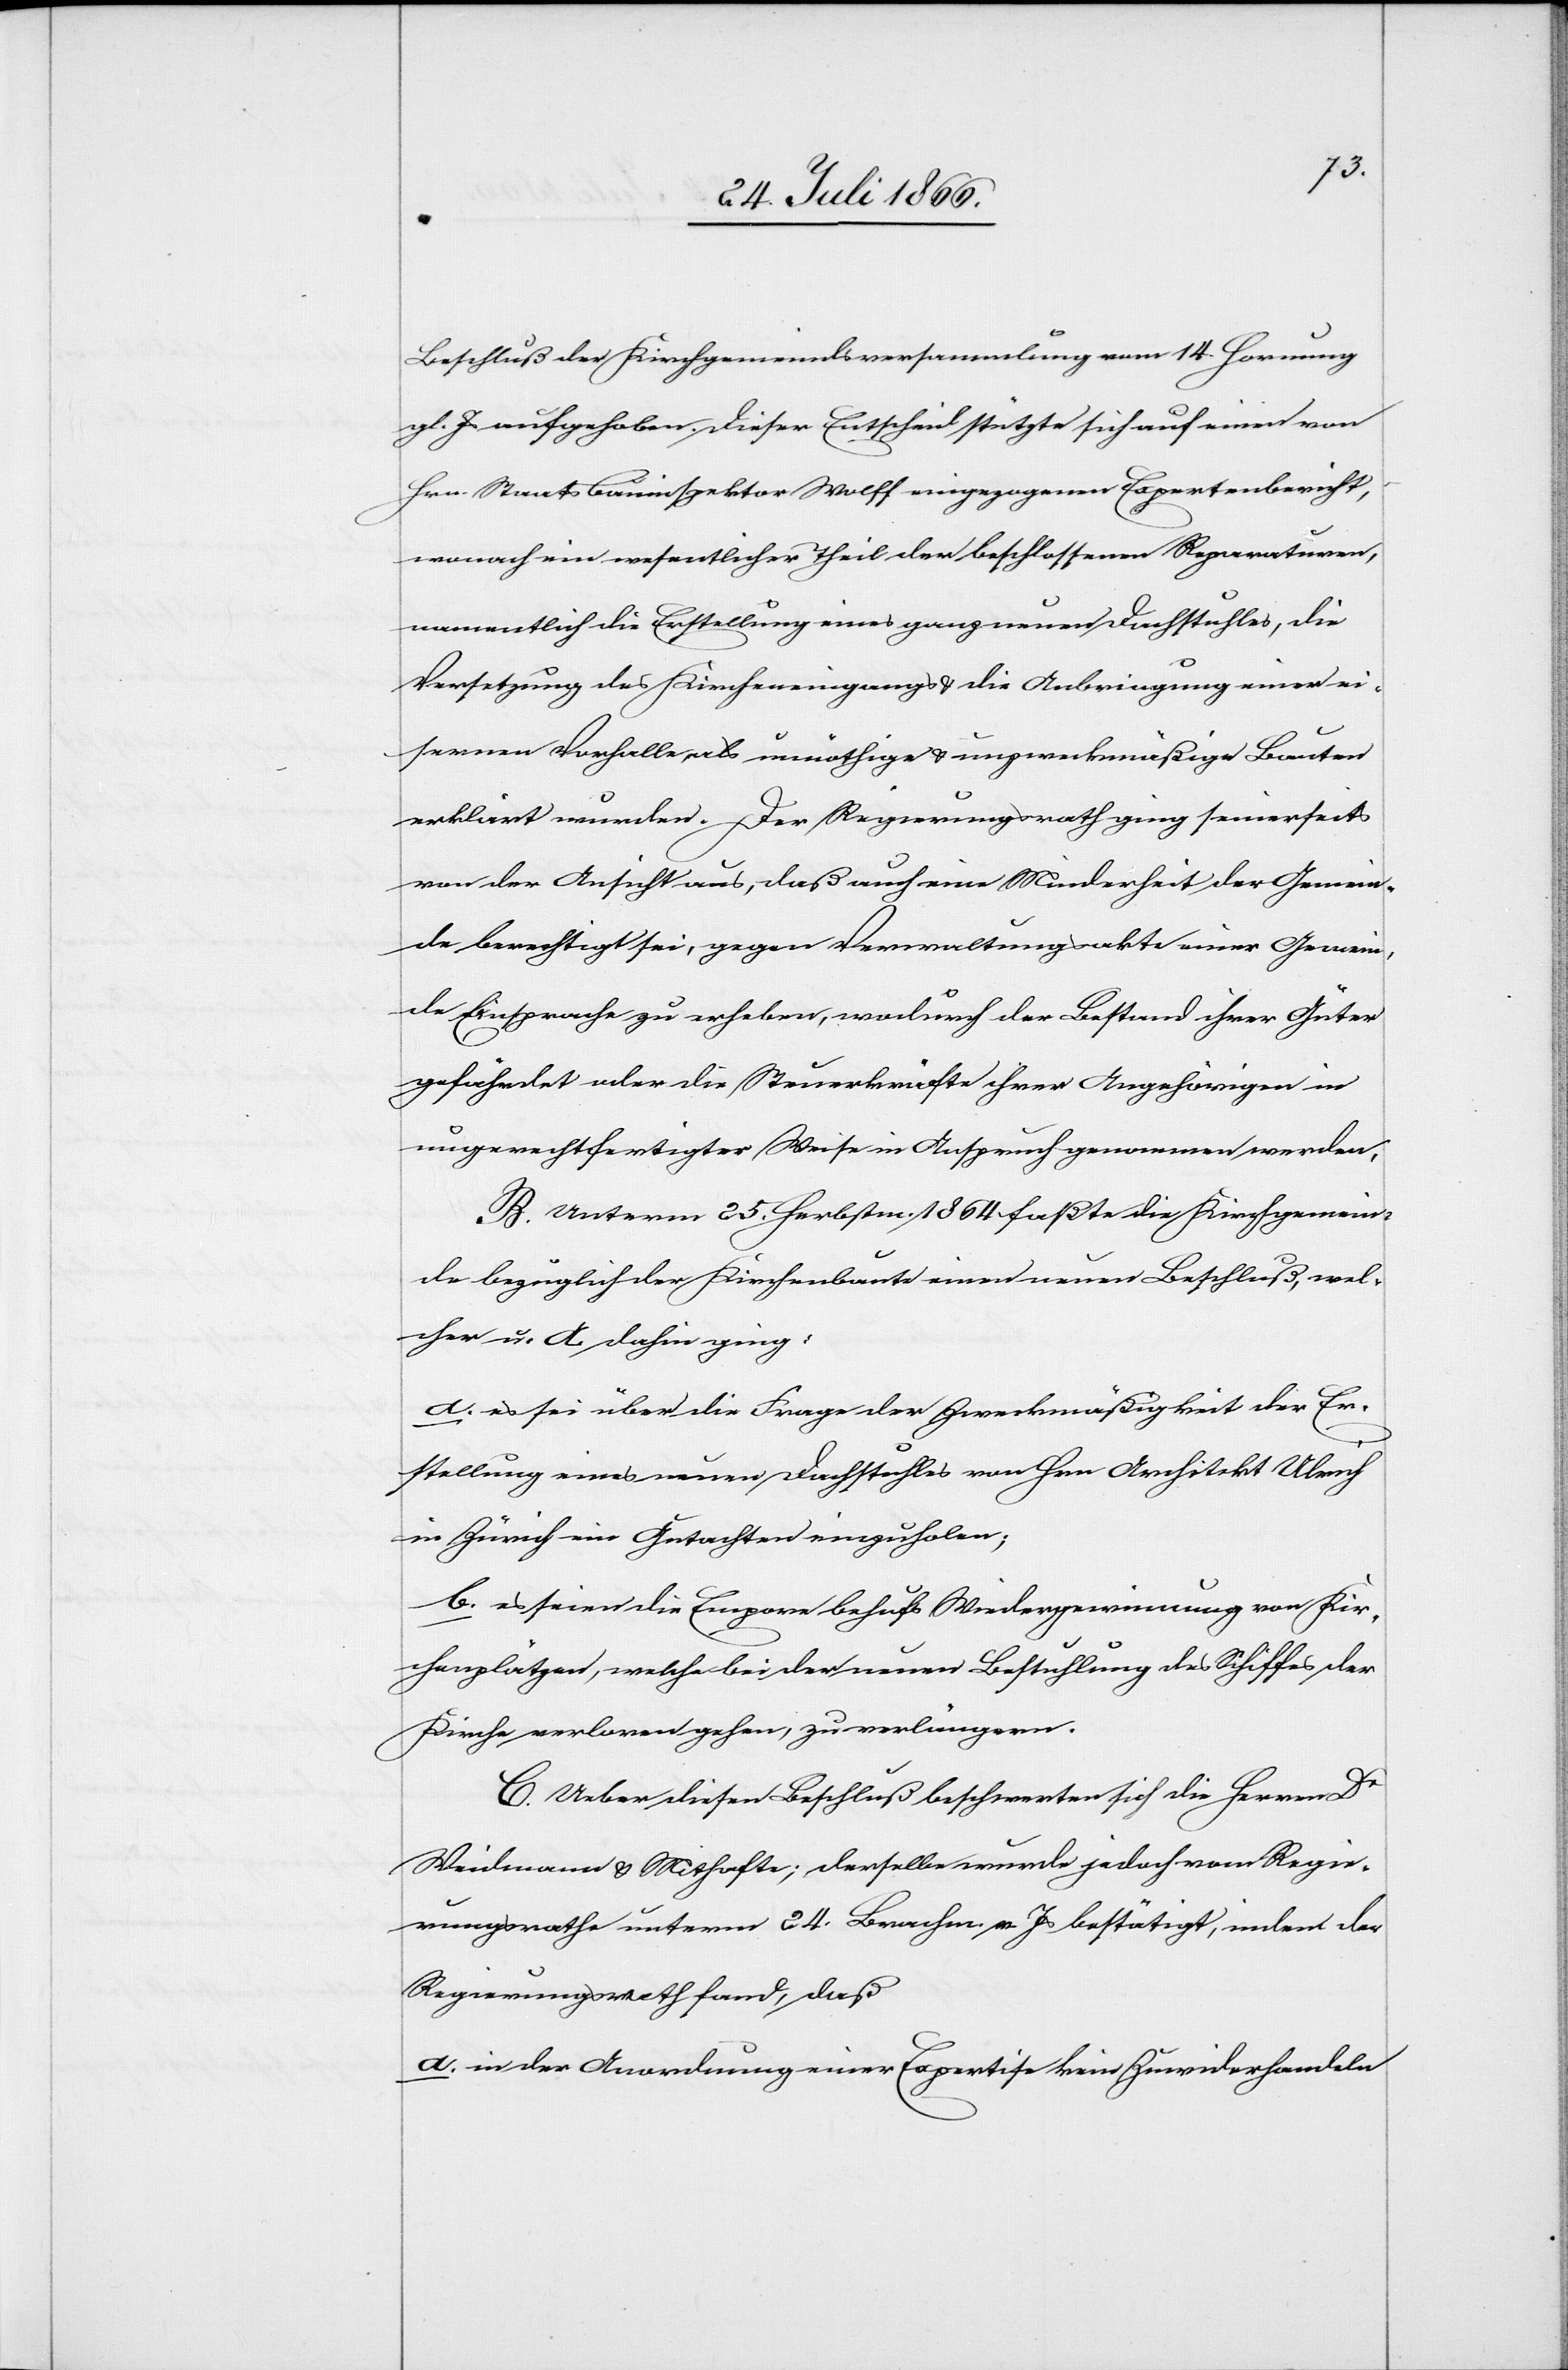
Beschluß der Kirchgemeindsversammlung vom 14. Hornung
gl. J. aufgehoben. Dieser Entscheid stützte sich auf einen von
Hrn. Staatsbauinspektor Wolff eingezogenen Expertenbericht,
wonach ein wesentlicher Theil der beschlossenen Reparaturen,
namentlich die Erstellung eines ganz neuen Dachstuhles, die
Versetzung des Kircheneingangs u. die Anbringung einer ei¬
sernen Vorhalle als unnöthige u. unzweckmäßige Bauten
erklärt wurden. Der Regierungsrath ging seinerseits
von der Ansicht aus, daß auch eine Minderheit der Gemein¬
de berechtigt ist, gegen Verwaltungsakte einer Gemein¬
de Einsprache zu erheben, wodurch der Bestand ihrer Güter
gefährdet oder die Steuerkräfte ihrer Angehörigen in
ungerechtfertigter Weise in Anspruch genommen werden.
B. Unterm 24. Herbstm. 1864 faßte die Kirchgemein¬
de bezüglich der Kirchenbaute einen neuen Beschluß, wel¬
cher u. A dahin ging:
a. es sei über die Frage der Zweckmäßigkeit der Er¬
stellung eines neuen Dachstuhles von Hrn. Architekt Ulrich
in Zürich ein Gutachten einzuholen;
b. es seien die Empore [sic!] behufs Wiedergewinnung von Kir¬
chenplätzen, welche bei der neuen Bestuhlung des Schiffes der
Kirche verloren gehen, zu verlängern.
C. Ueber diesen Beschluß beschwerten sich die Herren Dr.
Weidmann u. Mithafte; derselbe wurde jedoch vom Regie¬
rungsrathe unterm 24. Brachm. v. Js. bestätigt, indem der
Regierungsrath fand, daß:
a. in der Anordnung einer Expertise kein Zuwiderhandeln